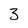
Character: 3